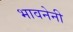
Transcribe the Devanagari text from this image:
भावनेनी